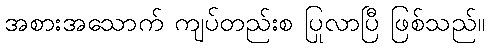
အစားအသောက် ကျပ်တည်းစ ပြုလာပြီ ဖြစ်သည်။